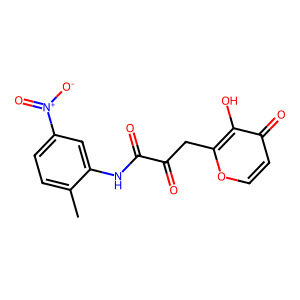
SMILES: Cc1ccc([N+](=O)[O-])cc1NC(=O)C(=O)Cc1occc(=O)c1O
Inhibits HIV replication: No